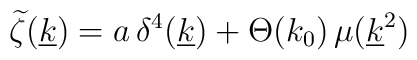
\widetilde \zeta(\underline k)=a\,\delta^4(\underline k)+\Theta(k_0)\,\mu(\underline k^2)